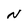
Character: N